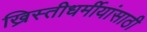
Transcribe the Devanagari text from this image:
ख्रिस्तीधर्मीयांसाठी